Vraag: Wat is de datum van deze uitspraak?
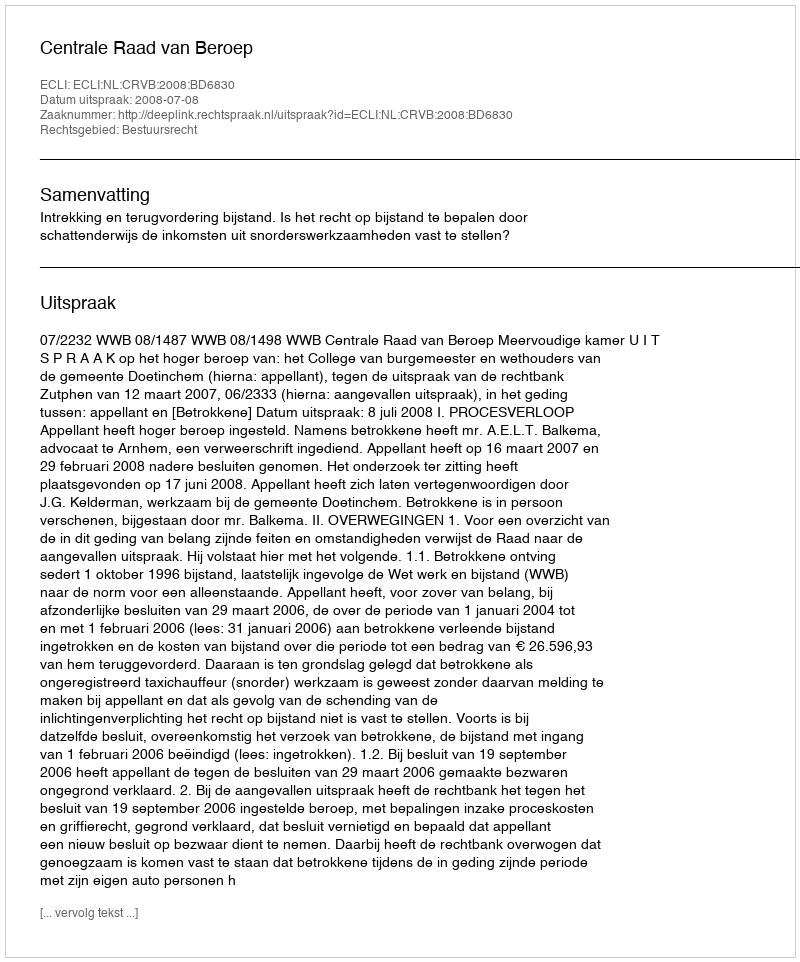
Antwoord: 2008-07-08